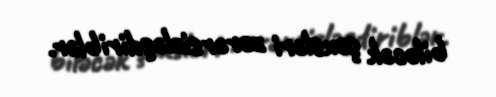
biləcək şəxsləri zərərsizləşdiriblər.